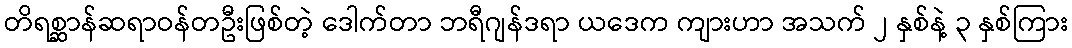
တိရစ္ဆာန်ဆရာဝန်တဦးဖြစ်တဲ့ ဒေါက်တာ ဘရီဂျန်ဒရာ ယဒေက ကျားဟာ အသက် ၂ နှစ်နဲ့ ၃ နှစ်ကြား